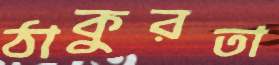
ঠাকুরতা